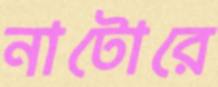
নাটোরে